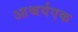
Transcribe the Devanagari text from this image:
आश्चर्यएक